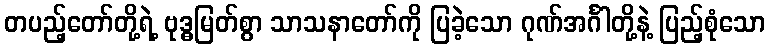
တပည့်တော်တို့ရဲ့ ဗုဒ္ဓမြတ်စွာ သာသနာတော်ကို ပြခဲ့သော ဂုဏ်အင်္ဂါတို့နဲ့ ပြည့်စုံသော